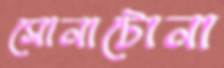
সোনাটোনা